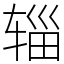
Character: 辎